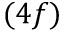
( 4 f )